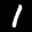
Label: 1